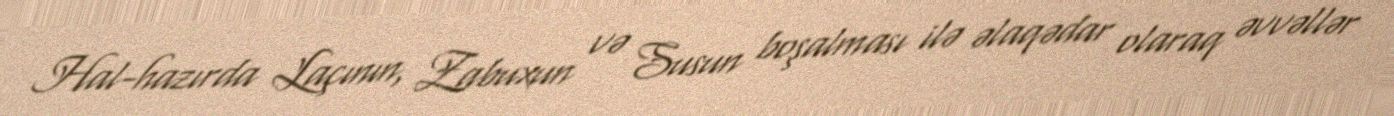
Hal-hazırda Laçının, Zabuxun və Susun boşalması ilə əlaqədar olaraq əvvəllər